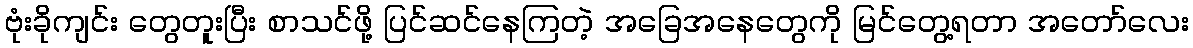
ဗုံးခိုကျင်း တွေတူးပြီး စာသင်ဖို့ ပြင်ဆင်နေကြတဲ့ အခြေအနေတွေကို မြင်တွေ့ရတာ အတော်လေး